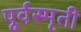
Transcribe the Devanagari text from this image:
पूर्वस्मृती